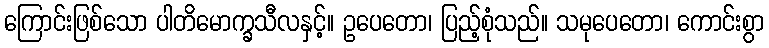
ကြောင်းဖြစ်သော ပါတိမောက္ခသီလနှင့်။ ဥပေတော၊ ပြည့်စုံသည်။ သမုပေတော၊ ကောင်းစွာ